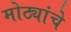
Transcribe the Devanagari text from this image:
मोठ्यांचे